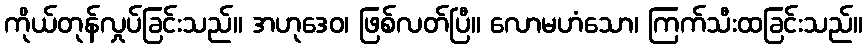
ကိုယ်တုန်လှုပ်ခြင်းသည်။ အဟုဒေဝ၊ ဖြစ်လတ်ပြီ။ လောမဟံသော၊ ကြက်သီးထခြင်းသည်။